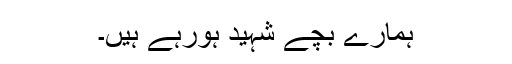
ہمارے بچے شہید ہورہے ہیں۔